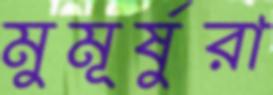
মুমূর্ষুরা